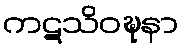
ကဋသိဝဍ္ဎနာ